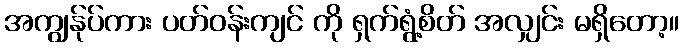
အကျွန်ုပ်ကား ပတ်ဝန်းကျင် ကို ရှက်ရွံ့စိတ် အလျှင်း မရှိတော့။